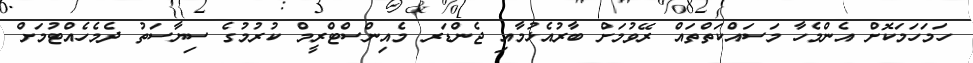
ހަމަހަމަކޮށް އެންމެހާ މަސައްކަތްތައް ރޭވުމަށް ބާރުއެޅުމާއި ޖެންޑަރ މެއިންސްޓްރީމް ކުރުމުގެ ސިޔާސަތު ދެމެހެއްޓުމަށް